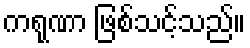
ကရုဏာ ဖြစ်သင့်သည်။